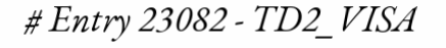
# Entry 23082 - TD2_VISA